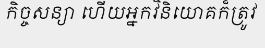
កិច្ចសន្យា ហើយអ្នកវិនិយោគក៏ត្រូវ